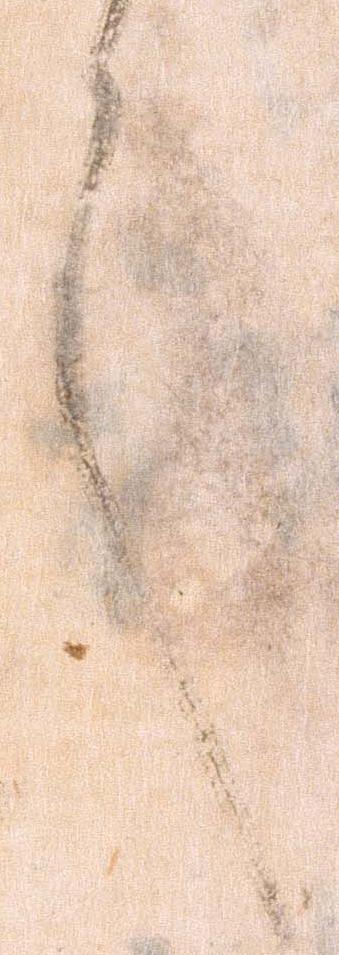
之